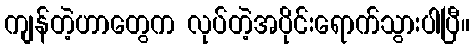
ကျန်တဲ့ဟာတွေက လုပ်တဲ့အပိုင်းရောက်သွားပါပြီ။